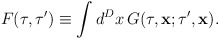
\begin{align*}F(\tau,\tau')\equiv\int d^Dx\,G(\tau,{\bf x};\tau',{\bf x}).\end{align*}